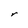
Character: r